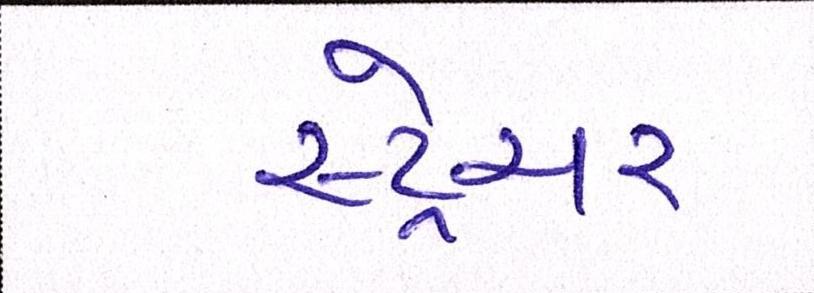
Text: સ્ટ્રેચર